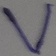
Text: V